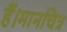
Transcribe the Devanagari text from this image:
हैं।मानचित्र